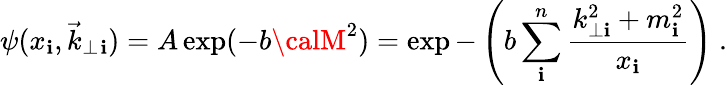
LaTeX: \psi(x_{\mathbf{i}},\vec{{k}}_{\perp}{}_{\mathbf{i}})=A\exp(-b{\calM}^{2})=\exp-\left(b\sum_{\mathbf{i}}^{n}{\frac{{k_{\perp\mathbf{i}}^{2}+m_{\mathbf{i}}^{2}}}{{x_{\mathbf{i}}}}}\right)\ .